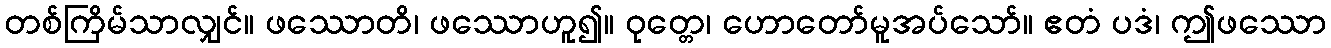
တစ်ကြိမ်သာလျှင်။ ဖဿောတိ၊ ဖဿောဟူ၍။ ဝုတ္တေ၊ ဟောတော်မူအပ်သော်။ ဧတံ ပဒံ၊ ဤဖဿော